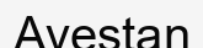
Avestan